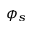
\phi _ { s }